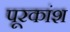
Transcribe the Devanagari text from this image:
पूरकांश